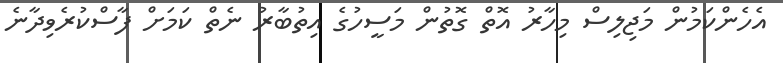
އެހެންކަމުން މަޖިލިސް މިހާރު އޮތް ގޮތުން މަސީހުގެ އިތުބާރު ނެތް ކަމަށް ފާސްކުރެވިދާނެ